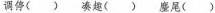
调停( ) 凑趣( ) 鏖尾( )